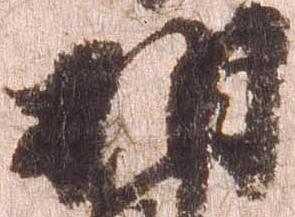
相